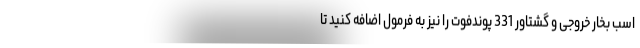
اسب بخار خروجی و گشتاور 331 پوندفوت را نیز به فرمول اضافه کنید تا